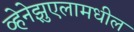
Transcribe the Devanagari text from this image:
व्हेनेझुएलामधील